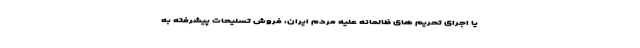
یا اجرای تحریم های ظالمانه علیه مردم ایران، فروش تسلیحات پیشرفته به